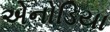
એનોડિયા